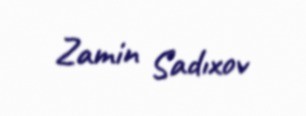
Zamin Sadıxov